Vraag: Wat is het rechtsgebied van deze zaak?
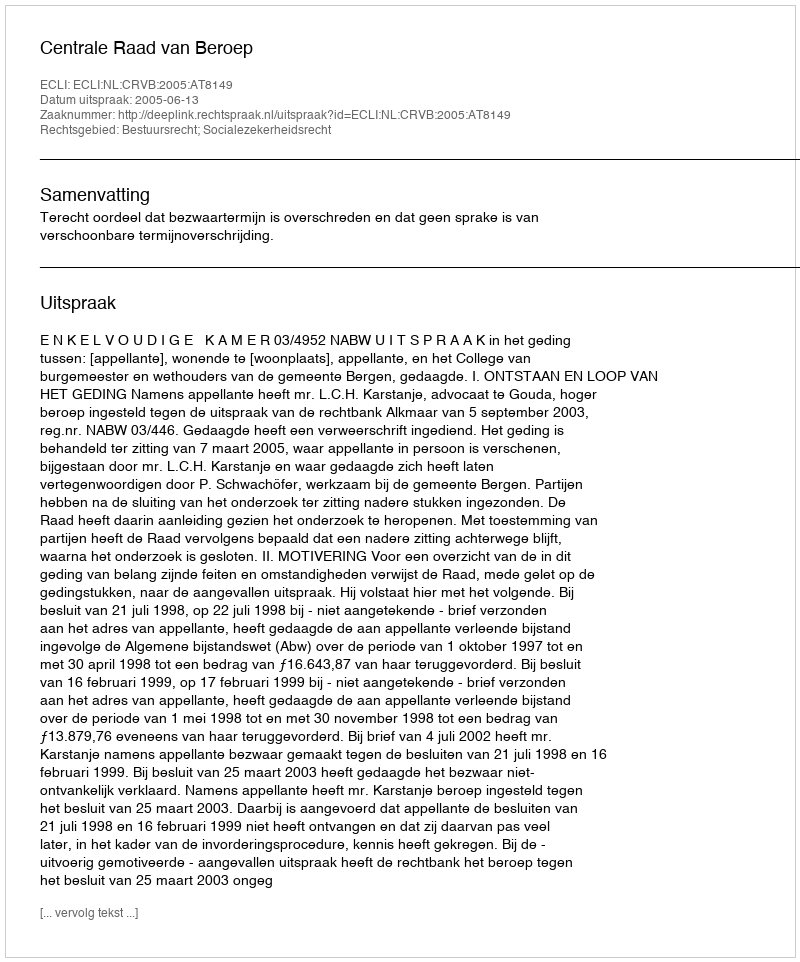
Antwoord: Bestuursrecht; Socialezekerheidsrecht